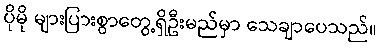
ပိုမို များပြားစွာတွေ့ရှိဦးမည်မှာ သေချာပေသည်။